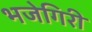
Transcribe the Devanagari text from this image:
भजेगिरी